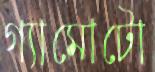
গ্যামোটো